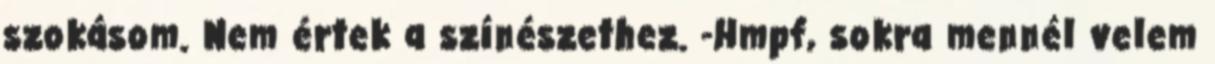
szokásom. Nem értek a színészethez. -Hmpf, sokra mennél velem